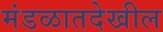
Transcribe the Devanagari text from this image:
मंडळातदेखील